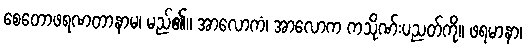
စေတောဖရဏတာနာမ၊ မည်၏။ အာလောကံ၊ အာလောက ကသိုဏ်းပညတ်ကို။ ဖရမာနာ၊